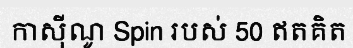
កាស៊ីណូ Spin របស់ 50 ឥតគិត